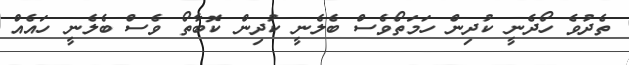
ތެދުވެ ހޯދެނީ ކުދިން ހަމަތޯވެސް ބެލެނީ ކުދިން ކޮބާތޯ ވެސް ބެލެނީ ހައެއް